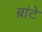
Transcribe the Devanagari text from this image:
ब्रांटे